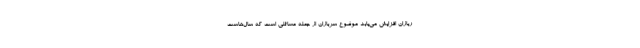
ربازان افزایش می‌یابد موضوع سربازان از جمله مسائلی است که سال‌هاست